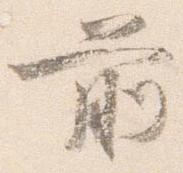
前